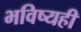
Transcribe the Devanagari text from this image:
भविष्यही